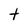
Character: t